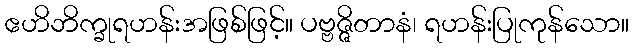
ဧဟိဘိက္ခုရဟန်းအဖြစ်ဖြင့်။ ပဗ္ဗဇ္ဇိတာနံ၊ ရဟန်းပြုကုန်သော။